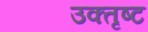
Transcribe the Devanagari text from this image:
उक्तृष्ट